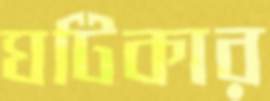
ঘটিকার